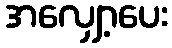
အလျှော့ပေး